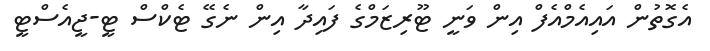
އެގޮތުން އައިއެމްއެފް އިން ވަނީ ޓޫރިޒަމްގެ ފައިދާ އިން ނެގޭ ޓެކްސް ޓީ-ޖީއެސްޓީ